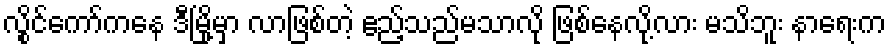
လွိုင်ကော်ကနေ ဒီမြို့မှာ လာဖြစ်တဲ့ ဧည့်သည်မသာလို ဖြစ်နေလို့လား မသိဘူး နာရေးက